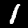
Digit: 1